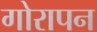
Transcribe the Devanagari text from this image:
गोरापन